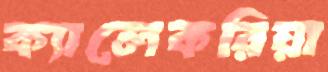
ক্যালেকরিয়া